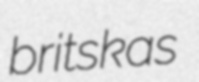
britskas